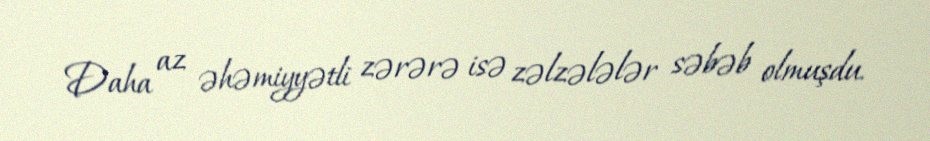
Daha az əhəmiyyətli zərərə isə zəlzələlər səbəb olmuşdu.